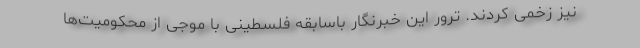
نیز زخمی کردند. ترور این خبرنگار باسابقه فلسطینی با موجی از محکومیت‌ها